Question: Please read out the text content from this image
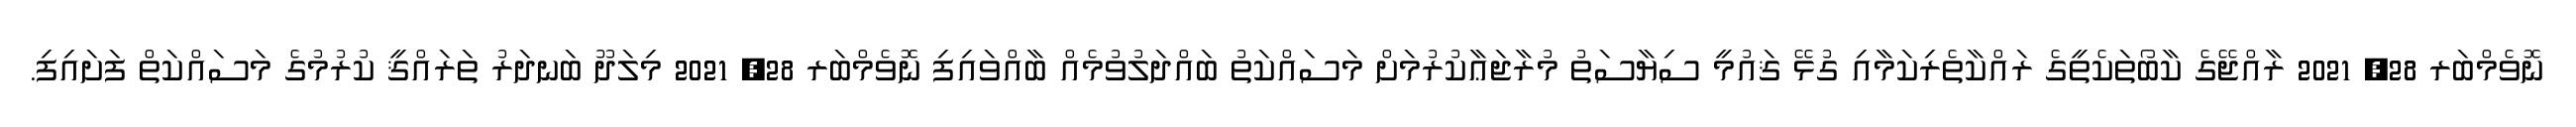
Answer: ނޮވެމްބަރ 28, 2021 ރާއްޖޭގެ ކާބޯތަކެތީގެ ރައްކާތެރިކަމާއި ގުޅޭ ޤައުމީ ސިޔާސަތު މުރާޖަޢާކުރުމަށް މަސައްކަތު ބައްދަލުވުމެއް ބާއްވައިފި ނޮވެމްބަރ 28, 2021 މިލަދޫ ބަނދަރު ތަރައްޤީ ކުރުމުގެ މަސައްކަތް ފަށައިފި.